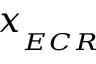
x _ { _ { E C R } }